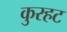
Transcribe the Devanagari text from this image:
कुरहट